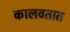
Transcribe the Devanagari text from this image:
कालवतात